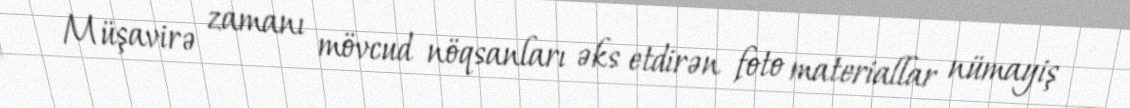
Müşavirə zamanı mövcud nöqsanları əks etdirən foto materiallar nümayiş